Cholera in India, 1862 to 1881
Year: 1862
Disease focus: Cholera
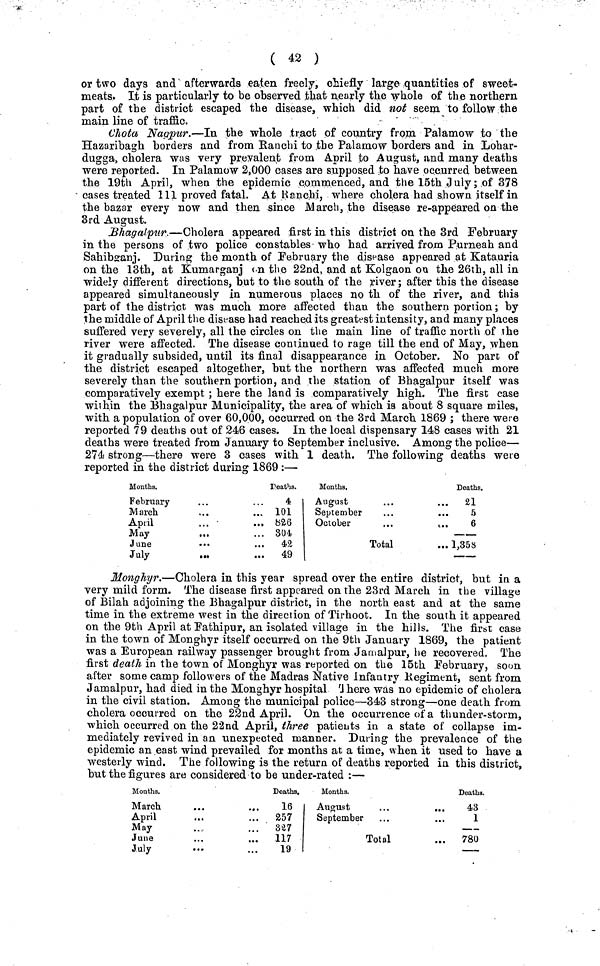
( 42 )
or two days and afterwards eaten freely, chiefly large quantities of sweet-
meats. It is particularly to be observed that nearly the whole of the northern
part of the district escaped the disease, which did not seem to follow the
main line of traffic.
Chota Nagpur.—In the whole tract of country from Palamow to the
Hazaribagh borders and from Ranchi to the Palamow borders and in Lohar-
dugga, cholera was very prevalent from April to August, and many deaths
were reported. In Palamow 2,000 cases are supposed to have occurred between
the 19th April, when the epidemic commenced, and the 15th July; of 378
cases treated 111 proved fatal. At Ranchi, where cholera had shown itself in
the bazar every now and then since March, the disease re-appeared on the
3rd August.
Bhagalpur.—Cholera appeared first in this district on the 3rd February
in the persons of two police constables who had arrived from Purneah and
Sahibganj. During the month of February the disease appeared at Katauria
on the 13th, at Kumarganj on the 22nd, and at Kolgaon on the 26th, all in
widely different directions, but to the south of the river; after this the disease
appeared simultaneously in numerous places no th of the river, and this
part of the district was much more affected than the southern portion; by
the middle of April the disease had reached its greatest intensity, and many places
suffered very severely, all the circles on the main line of traffic north of the
river were affected. The disease continued to rage till the end of May, when
it gradually subsided, until its final disappearance in October. No part of
the district escaped altogether, but the northern was affected much more
severely than the southern portion, and the station of Bhagalpur itself was
comparatively exempt ; here the land is comparatively high. The first case
within the Bhagalpur Municipality, the area of which is about 8 square miles,
with a population of over 60,000, occurred on the 3rd March 1869 ; there were
reported 79 deaths out of 246 cases. In the local dispensary 148 cases with 21
deaths were treated from January to September inclusive. Among the police—
274 strong—there were 3 cases with 1 death. The following deaths were
reported in the district during 1869 :—
Months.
February
March
April
May
June
July
Deaths.
4
101
826
304
42
49
Months.
August
September
October
...
...
Total
Deaths.
21
5
6
1,358
Monghyr.—Cholera in this year spread over the entire district, but in a
very mild form. The disease first appeared on the 23rd March in the village
of Bilah adjoining the Bhagalpur district, in the north east and at the same
time in the extreme west in the direction of Tirhoot. In the south it appeared
on the 9th April at Fathipur, an isolated village in the hills. The first case
in the town of Monghyr itself occurred on the 9th January 1869, the patient
was a European railway passenger brought from Jamalpur, he recovered. The
first death in the town of Monghyr was reported on the 15th February, soon
after some camp followers of the Madras Native Infantry Regiment, sent from
Jamalpur, had died in the Monghyr hospital There was no epidemic of cholera
in the civil station. Among the municipal police—343 strong—one death from
cholera occurred on the 22nd April. On the occurrence of a thunder-storm,
which occurred on the 22nd April, three patients in a state of collapse im-
mediately revived in an unexpected manner. During the prevalence of the
epidemic an east wind prevailed for months at a time, when it used to have a
westerly wind. The following is the return of deaths reported in this district,
but the figures are considered to be under-rated :—
Months.
March
.
..
April
May
June
.
..
July
Deaths,
16
257
327
117
19
Months.
August
...
...
September
Total
Deaths.
43
1
780